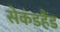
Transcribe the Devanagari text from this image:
सेकंडहैंड